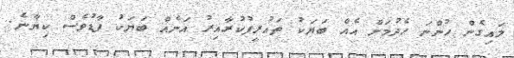
ލައިގެން ހުންނަ ހެދުމަށް އެއް ބަޔަކު ތައުރީފުކުރާއިރު އަނެއް ބަޔަކު ފާޑުވެސް ކިޔާނެ.